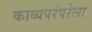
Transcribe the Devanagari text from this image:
काव्यपरंपरेला